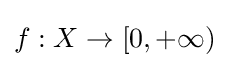
f:X\to [0,+\infty )